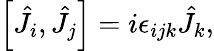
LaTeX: \begin{array}{r}{\left[\hat{J}_{i},\hat{J}_{j}\right]=i\epsilon_{ijk}\hat{J}_{k},}\end{array}